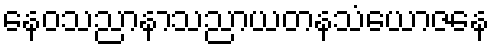
နေဝသညာနာသညာယတနသံယောဇနေ